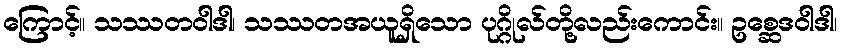
ကြောင့်။ သဿတဝါဒါ၊ သဿတအယူရှိသော ပုဂ္ဂိုလ်တို့လည်းကောင်း။ ဥစ္ဆေဒဝါဒါ၊